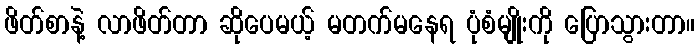
ဖိတ်စာနဲ့ လာဖိတ်တာ ဆိုပေမယ့် မတက်မနေရ ပုံစံမျိုးကို ပြောသွားတာ။